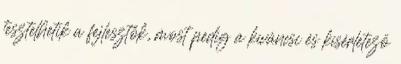
tesztelhetik a fejlesztők, most pedig a kíváncsi és kísérletező